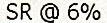
SR @ 6%